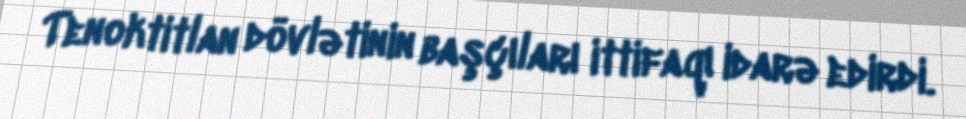
Tenoktitlan dövlətinin başçıları ittifaqı idarə edirdi.